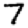
Digit: 7